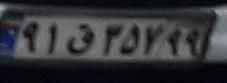
۹۱ق۳۵۷۹۹